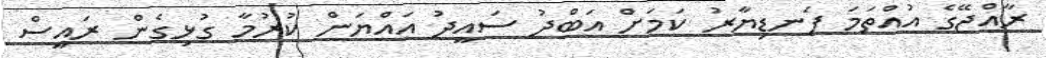
ރާއްޖޭގެ އުއްތަމަ ފަނޑިޔާރު ކަމަށް އަބްދު ސައީދު އައްޔަން ކުރުމާ ގުޅިގެން ރައީސް